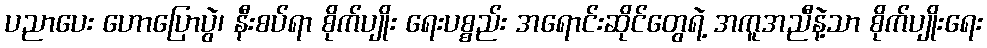
ပညာပေး ဟောပြောပွဲ၊ နီးစပ်ရာ စိုက်ပျိုး ရေးပစ္စည်း အရောင်းဆိုင်တွေရဲ့ အကူအညီနဲ့သာ စိုက်ပျိုးရေး